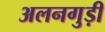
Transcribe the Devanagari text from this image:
अलनगुड़ी